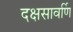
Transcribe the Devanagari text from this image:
दक्षसावर्णि